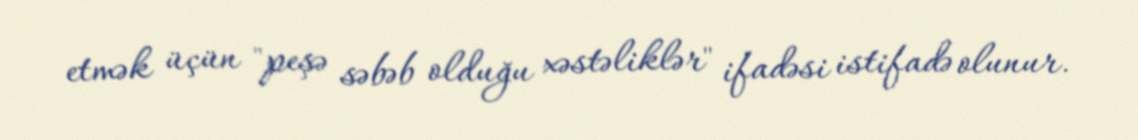
etmək üçün "peşə səbəb olduğu xəstəliklər" ifadəsi istifadə olunur.